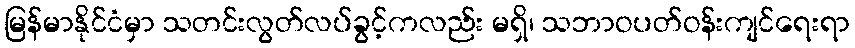
မြန်မာနိုင်ငံမှာ သတင်းလွတ်လပ်ခွင့်ကလည်း မရှိ၊ သဘာဝပတ်ဝန်းကျင်ရေးရာ